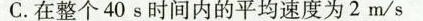
C.在整个40s时间内的平均速度为2m/s